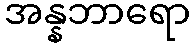
အန္နဘာရော